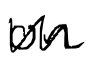
Text: on
Cross-out: zig-zag
Writing tool: digital_black